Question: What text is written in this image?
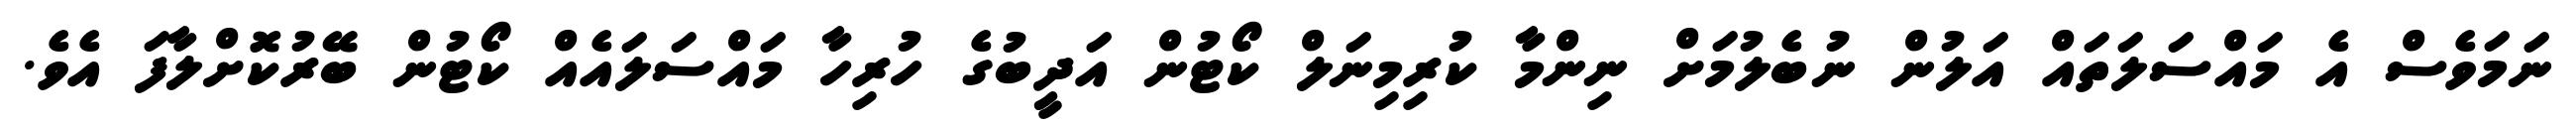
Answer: ނަމަވެސް އެ މައްސަލަތައް އަލުން ނުބެލުމަށް ނިންމާ ކުރިމިނަލް ކޯޓުން އަދީބުގެ ހުރިހާ މައްސަލައެއް ކޯޓުން ބޭރުކޮށްލާފަ އެވެ.